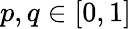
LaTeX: p,q\in[0,1]